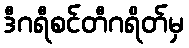
ဒီဂရီစင်တီဂရိတ်မှ